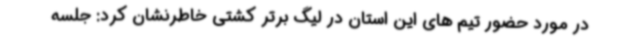
در مورد حضور تیم های این استان در لیگ برتر کشتی خاطرنشان کرد: جلسه